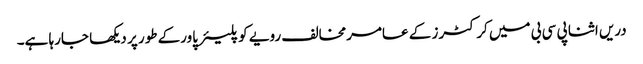
دریں اثنا پی سی بی میں کرکٹرز کے عامرمخالف رویے کو پلیئر پاورکے طور پر دیکھا جارہا ہے۔